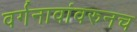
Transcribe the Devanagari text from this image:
वर्गनावांवरुनच